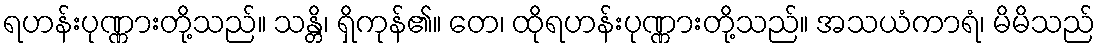
ရဟန်းပုဏ္ဏားတို့သည်။ သန္တိ၊ ရှိကုန်၏။ တေ၊ ထိုရဟန်းပုဏ္ဏားတို့သည်။ အသယံကာရံ၊ မိမိသည်